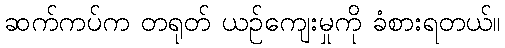
ဆက်ကပ်က တရုတ် ယဉ်ကျေးမှုကို ခံစားရတယ်။